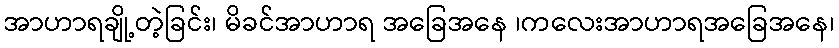
အာဟာရချို့တဲ့ခြင်း၊ မိခင်အာဟာရ အခြေအနေ ၊ကလေးအာဟာရအခြေအနေ၊